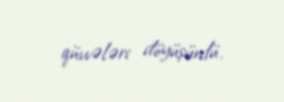
qüvvələri döyüşürdü.